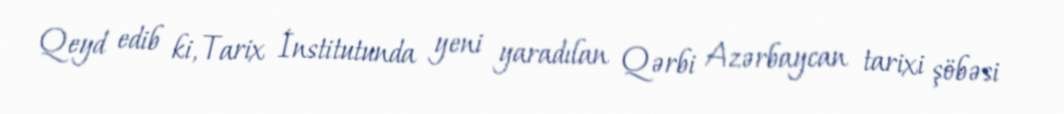
Qeyd edib ki, Tarix İnstitutunda yeni yaradılan Qərbi Azərbaycan tarixi şöbəsi